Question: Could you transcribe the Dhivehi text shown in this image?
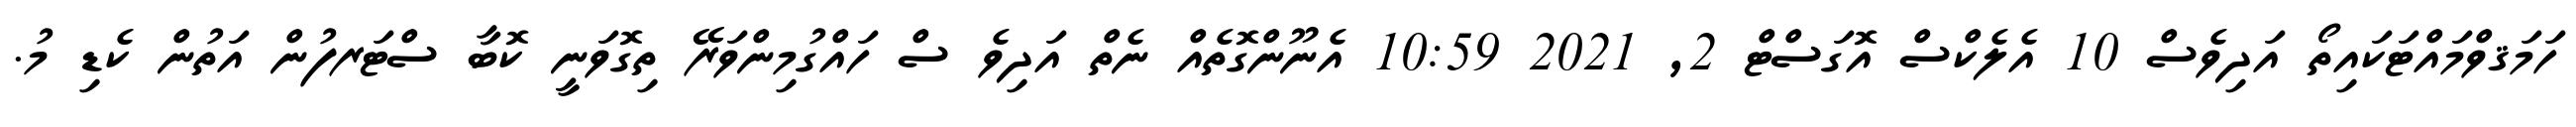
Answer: ހަމަޤވްމައްޓަކައިތޯ އަދިވެސް 10 އެލެކްސް އޮގަސްޓް 2, 2021 10:59 އެނޫންގޮތެއް ނެތް އަދިވެ ސް ހައްގުމިންވަރޭ ތިގޮވަނީ ކޮބާ ސްޓަރފުން އަތުން ކެޑި މު.